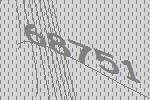
68751